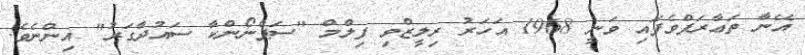
އޭނާ ތަޢާރަފްވެފައި ވަނީ 1968 އަހަރު ރިލީޒްވި ފިލްމް "ސަޕްނޯންކާ ސައުދާގަރު" އިންނެވެ.